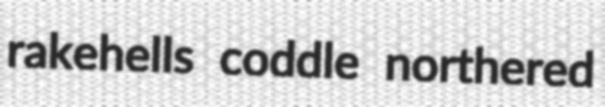
rakehells coddle northered